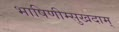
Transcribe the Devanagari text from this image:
भाषिणीम्सुखदाम्